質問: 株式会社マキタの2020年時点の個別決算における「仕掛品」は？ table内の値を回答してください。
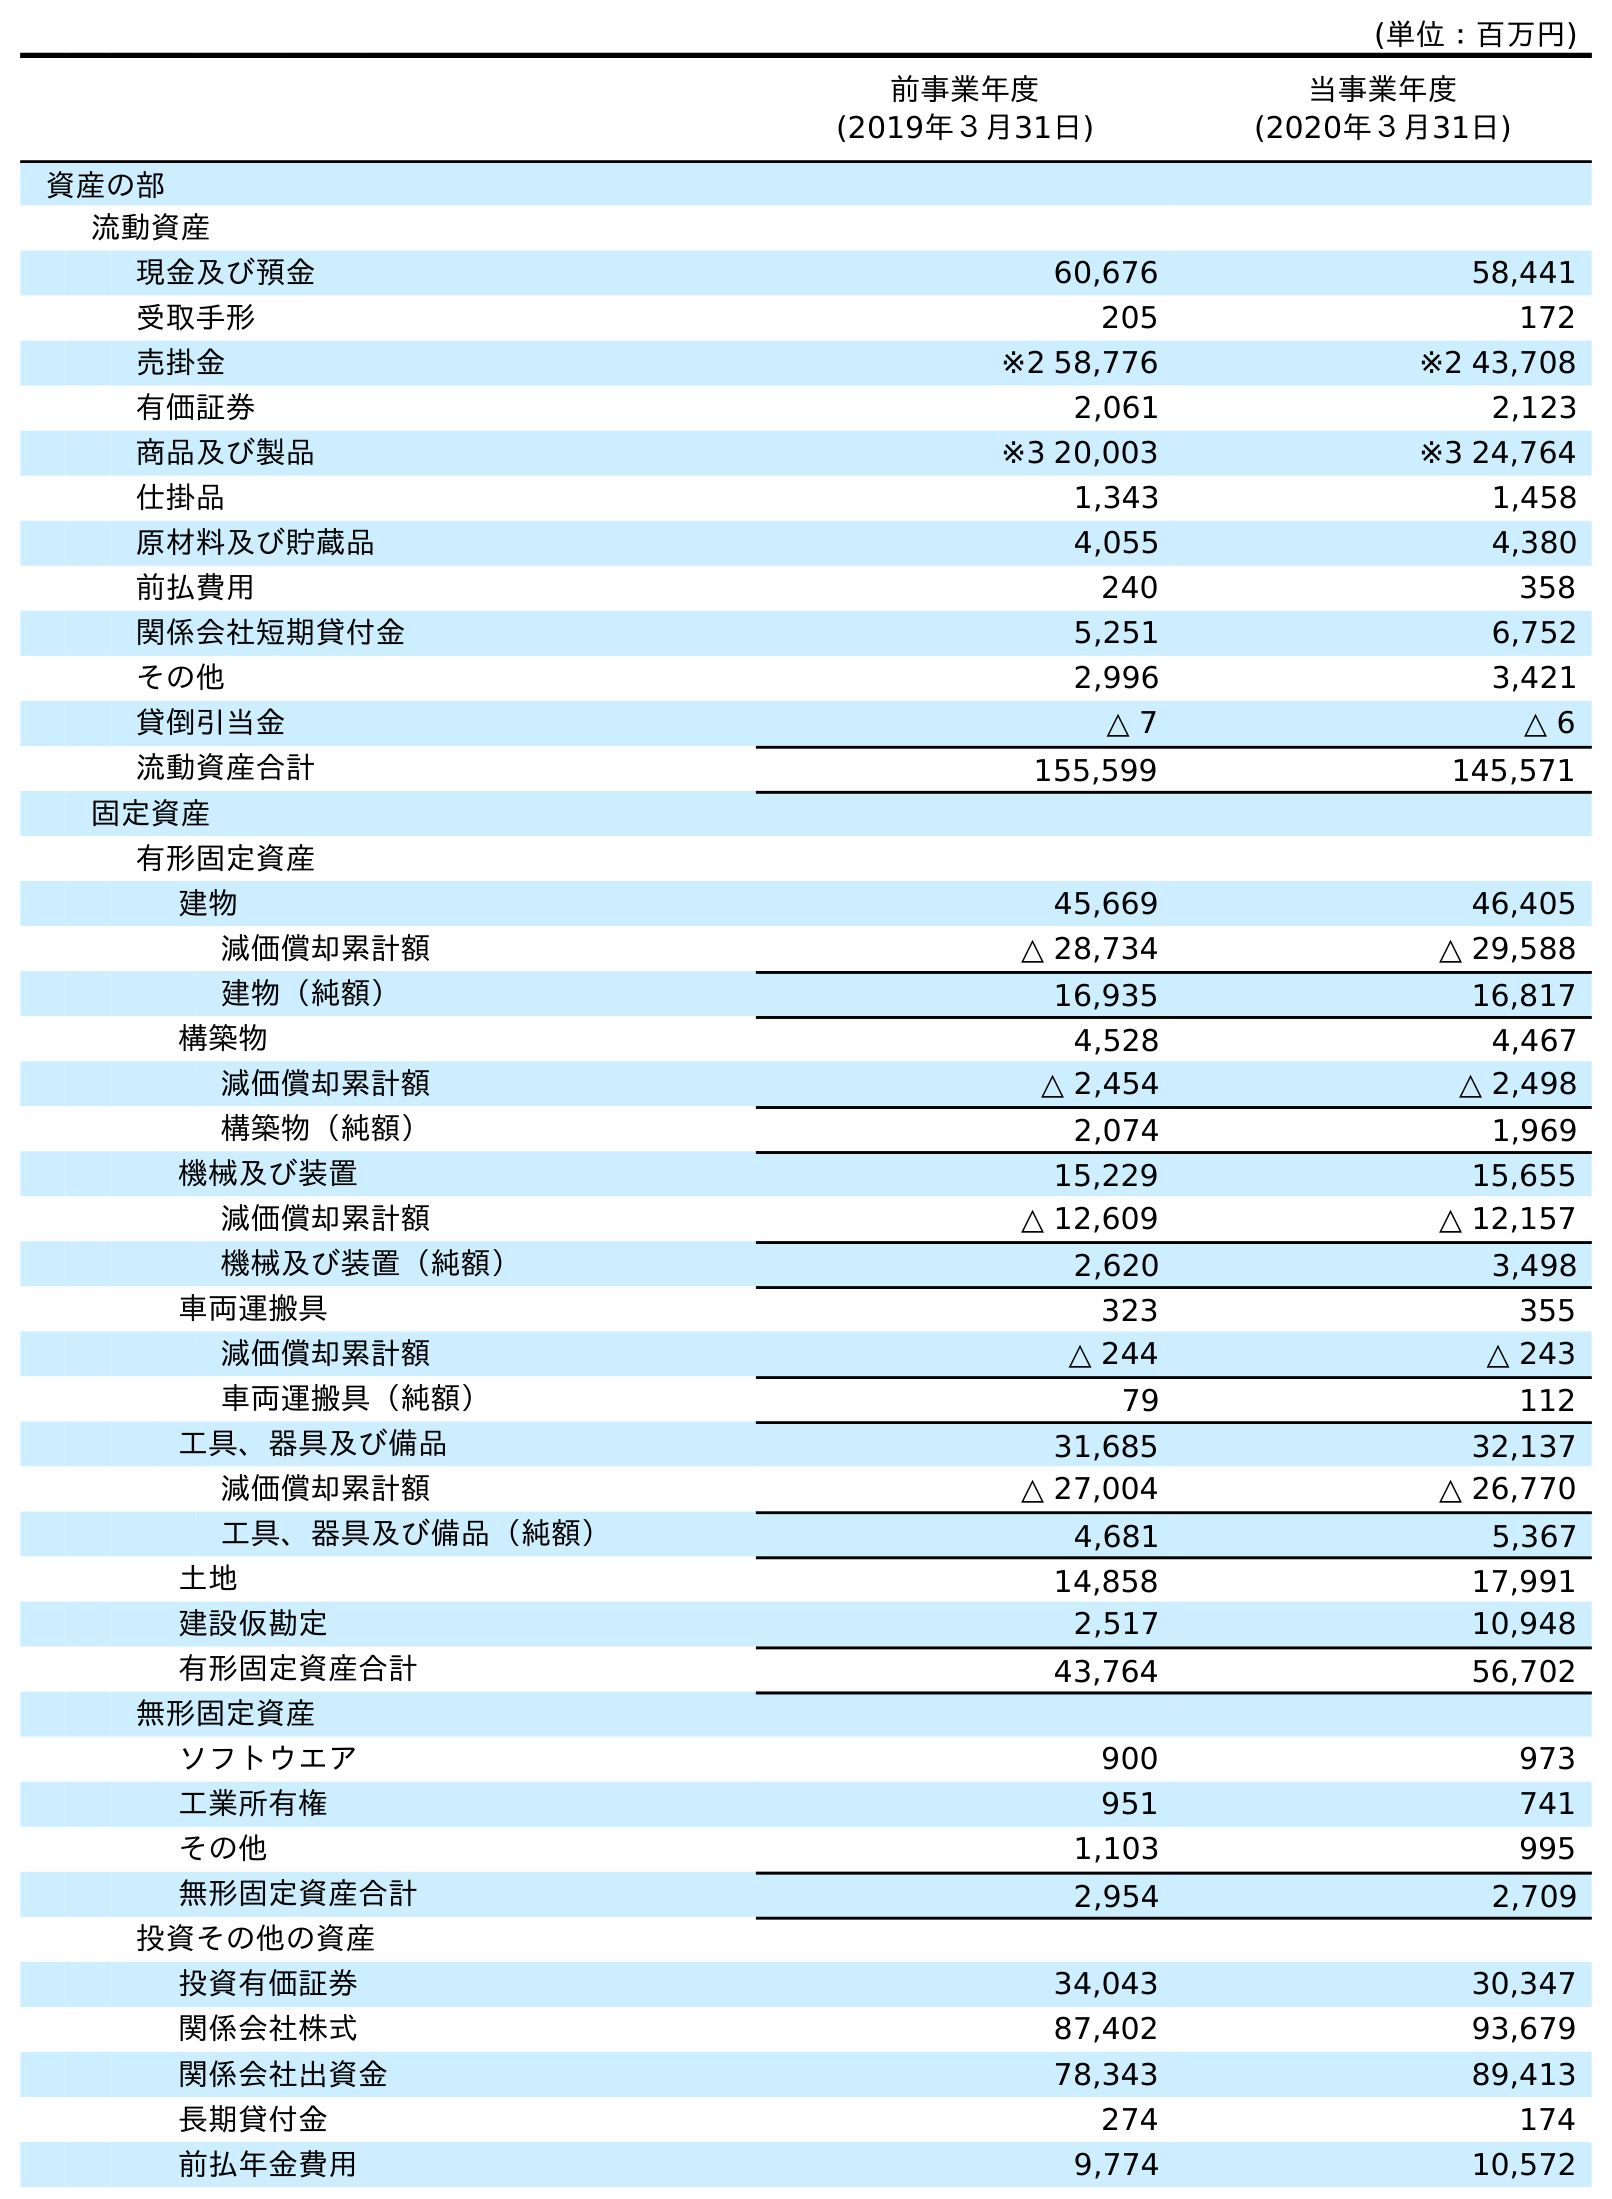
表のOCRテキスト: (単位：百万円) 前事業年度 (2019年３月31日) 当事業年度 (2020年３月31日) 資産の部 流動資産 現金及び預金 60,676 58,441 受取手形 205 172 売掛金 ※2 58,776 ※2 43,708 有価証券 2,061 2,123 商品及び製品 ※3 20,003 ※3 24,764 仕掛品 1,343 1,458 原材料及び貯蔵品 4,055 4,380 前払費用 240 358 関係会社短期貸付金 5,251 6,752 その他 2,996 3,421 貸倒引当金 △ 7 △ 6 流動資産合計 155,599 145,571 固定資産 有形固定資産 建物 45,669 46,405 減価償却累計額 △ 28,734 △ 29,588 建物（純額） 16,935 16,817 構築物 4,528 4,467 減価償却累計額 △ 2,454 △ 2,498 構築物（純額） 2,074 1,969 機械及び装置 15,229 15,655 減価償却累計額 △ 12,609 △ 12,157 機械及び装置（純額） 2,620 3,498 車両運搬具 323 355 減価償却累計額 △ 244 △ 243 車両運搬具（純額） 79 112 工具、器具及び備品 31,685 32,137 減価償却累計額 △ 27,004 △ 26,770 工具、器具及び備品（純額） 4,681 5,367 土地 14,858 17,991 建設仮勘定 2,517 10,948 有形固定資産合計 43,764 56,702 無形固定資産 ソフトウエア 900 973 工業所有権 951 741 その他 1,103 995 無形固定資産合計 2,954 2,709 投資その他の資産 投資有価証券 34,043 30,347 関係会社株式 87,402 93,679 関係会社出資金 78,343 89,413 長期貸付金 274 174 前払年金費用 9,774 10,572
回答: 1,458